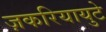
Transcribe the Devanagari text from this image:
ज़करियायुटे